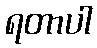
ရတာပါ